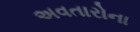
અવતારોના